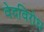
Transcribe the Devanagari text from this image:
वेदविरोध